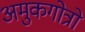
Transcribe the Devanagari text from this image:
अमुकगोत्रो